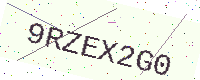
Text: 9RZEX2G0